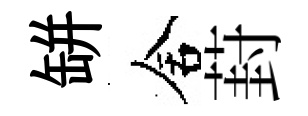
缾舍葑